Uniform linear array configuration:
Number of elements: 48
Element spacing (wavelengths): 0.5
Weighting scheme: kaiser
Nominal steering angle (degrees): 15
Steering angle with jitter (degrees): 16.326
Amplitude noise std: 0.05
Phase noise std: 0.05

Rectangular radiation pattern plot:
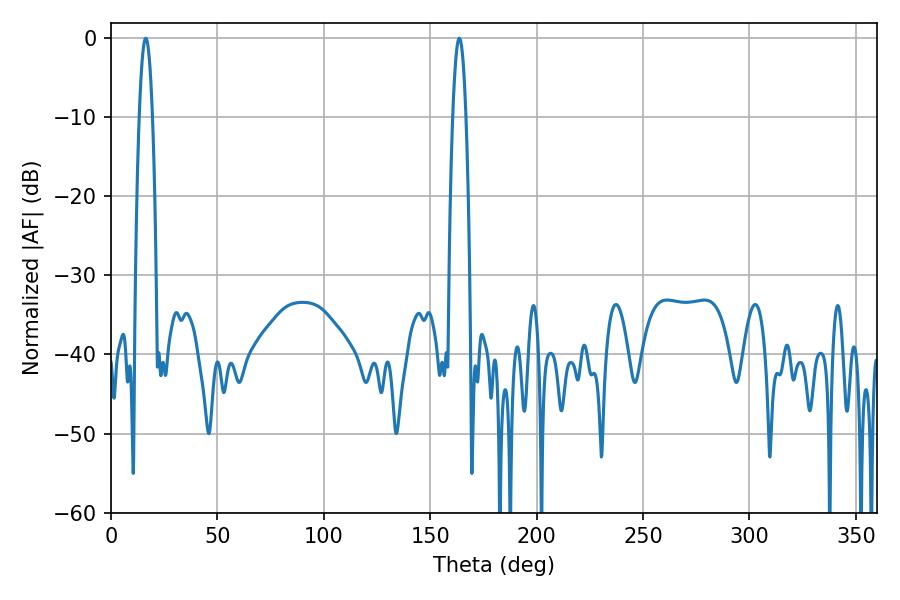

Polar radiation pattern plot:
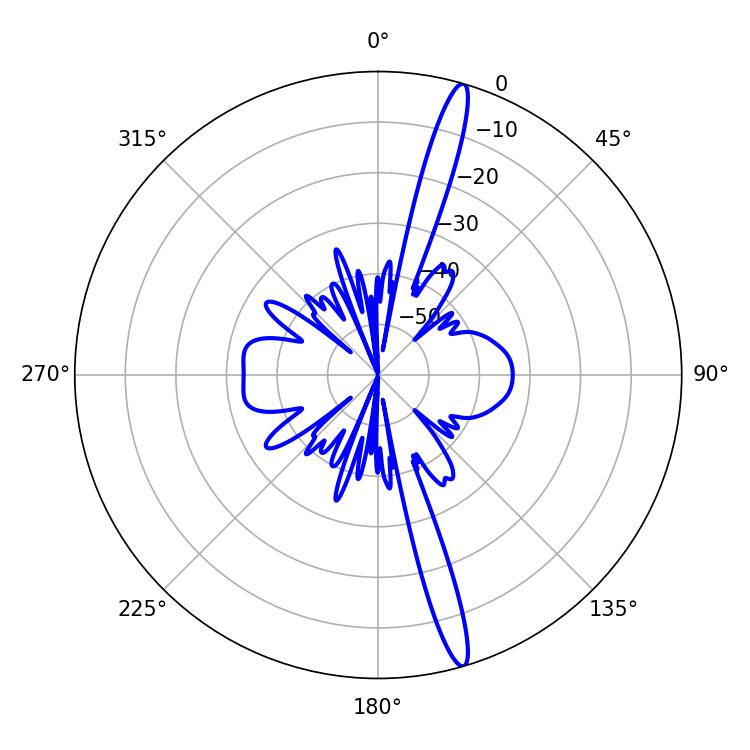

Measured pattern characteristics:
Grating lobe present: FALSE
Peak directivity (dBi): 17.394
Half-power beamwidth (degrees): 3.42
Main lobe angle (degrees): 163.62